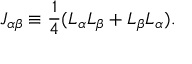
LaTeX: J _ { \alpha \beta } \equiv \frac { 1 } { 4 } ( L _ { \alpha } L _ { \beta } + L _ { \beta } L _ { \alpha } ) .